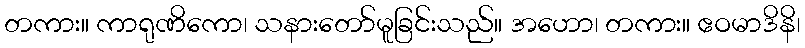
တကား။ ကာရုဏိကော၊ သနားတော်မူခြင်းသည်။ အဟော၊ တကား။ ဧဝမာဒိနိ၊